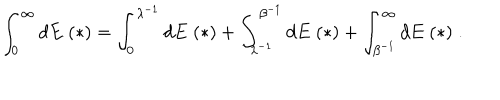
\int _ { 0 } ^ { \infty } d E \; ( * ) = \int _ { 0 } ^ { \lambda ^ { - 1 } } d E \; ( * ) + \int _ { \lambda ^ { - 1 } } ^ { \beta ^ { - 1 } } d E \; ( * ) + \int _ { \beta ^ { - 1 } } ^ { \infty } d E \; ( * ) \; .